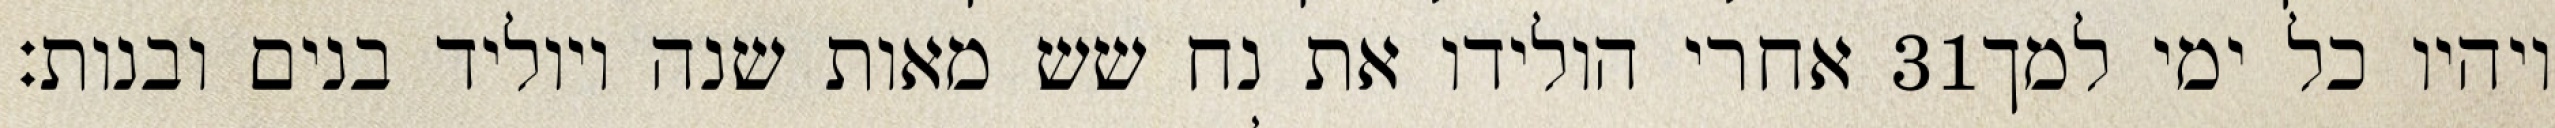
אחרי הולידו את נח שש מאות שנה ויוליד בנים ובנות׃ ‎31‏ ויהיו כל ימי למך